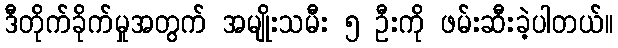
ဒီတိုက်ခိုက်မှုအတွက် အမျိုးသမီး ၅ ဦးကို ဖမ်းဆီးခဲ့ပါတယ်။